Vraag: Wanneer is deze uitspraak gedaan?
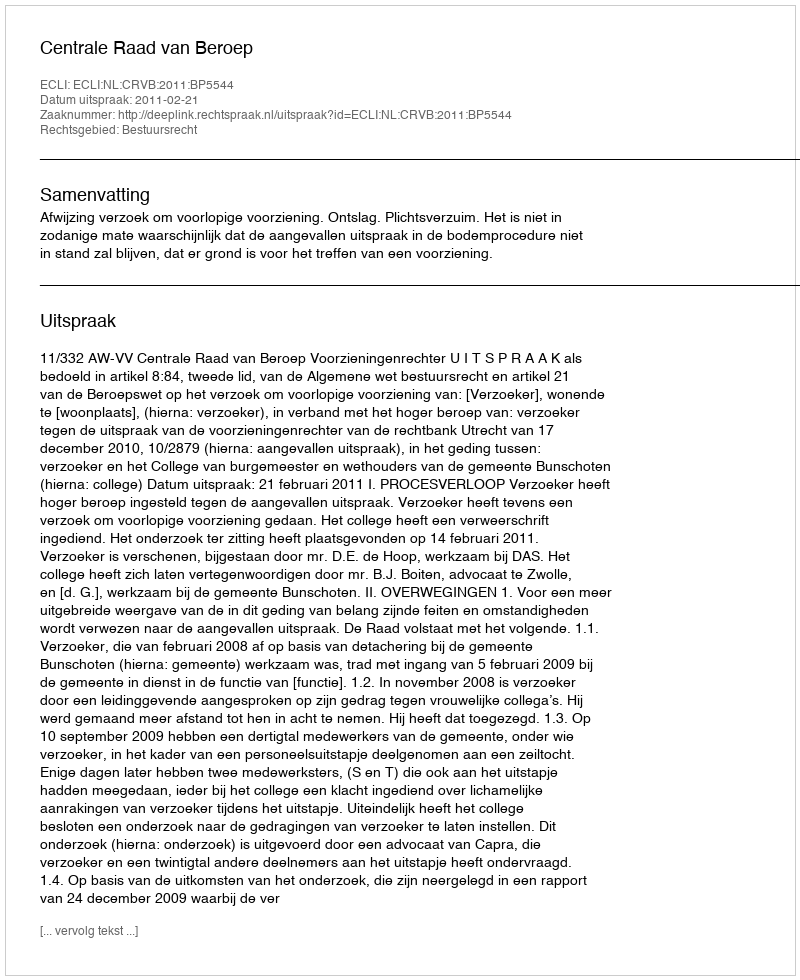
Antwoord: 2011-02-21